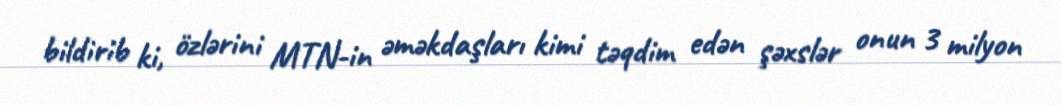
bildirib ki, özlərini MTN-in əməkdaşları kimi təqdim edən şəxslər onun 3 milyon